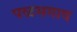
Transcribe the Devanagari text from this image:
पळसगाव